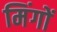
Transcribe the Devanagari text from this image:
मिंगों